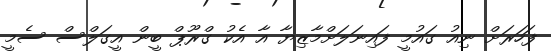
ފަހަރަށް ނިއު ގައުމީ ފައިނަލަށްމާޒިޔާ އާ އެކު ގްރޫޕް ބީން އީގަލްސް ސެމީ